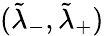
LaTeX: (\tilde{\lambda}_{-},\tilde{\lambda}_{+})